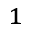
^ { 1 }